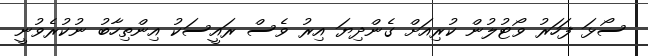
ސޯޅަ ފަހަރު ވޯޓުލުން ކުރިއަށް ގެންދިޔަ އިރު ވެސް ރައީސަކު އިންތިހާބު ނުކުރެވުނީ